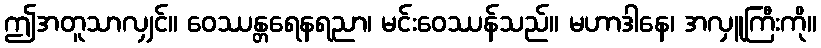
ဤအတူသာလျှင်။ ဝေဿန္တရေနရညာ၊ မင်းဝေဿန်သည်။ မဟာဒါနေ၊ အလှူကြီးကို။